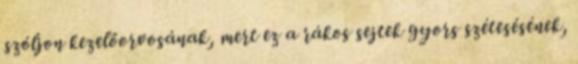
szóljon kezelőorvosának, mert ez a rákos sejtek gyors szétesésének,